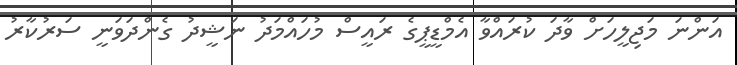
އަންނަ މަޖިލީހަށް ވާދަ ކުރައްވާ އެމްޑީޕީގެ ރައީސް މުހައްމަދު ނަޝީދު ގެންދަވަނީ ސަރުކާރު